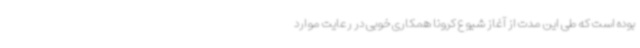
بوده است که طی این مدت از آغاز شیوع کرونا همکاری خوبی در رعایت موارد